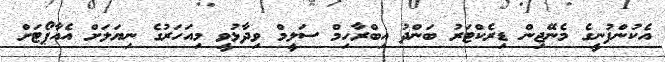
އެކުންފުނީގެ މެނޭޖިން ޑިރެކްޓަރު ބަންދު އިބްރާހިމް ސަލީމް ވިދާޅުވީ މިއަހަރުގެ ނިޔަލަށް އެއާޕޯޓަށް